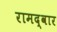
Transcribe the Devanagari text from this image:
रामद्वार